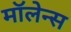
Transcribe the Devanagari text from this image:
मॉलेन्स